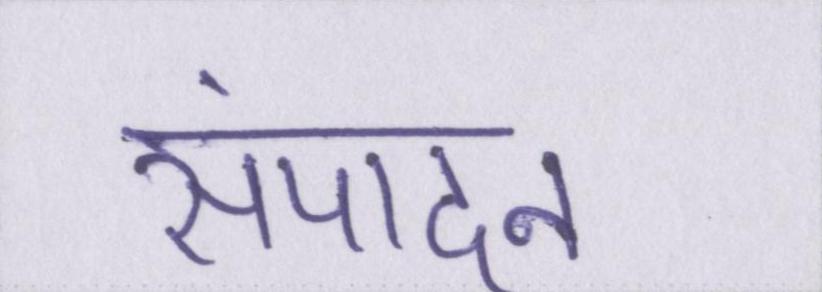
संपादन